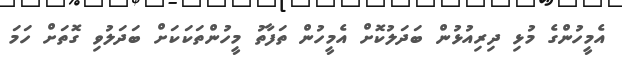
އެމީހުންގެ މުޅި ދިރިއުޅުން ބަދަލުކޮށް އެމީހުން ތަފާތު މީހުންތަކަކަށް ބަދަލުވި ގޮތަށް ހަމަ